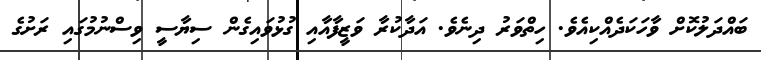
ބައްދަލުކޮށް ވާހަކަދެއްކިއެވެ. ހިތްވަރު ދިނެވެ. އަދާކުރާ ވަޒީފާއާއި ގުޅުވައިގެން ސިޔާސީ ވިސްނުމުގައި ރަށުގެ